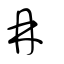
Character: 冉